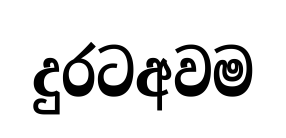
දුරටඅවම